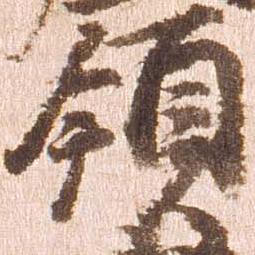
領